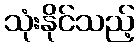
သုံးနိုင်သည့်